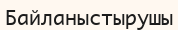
Байланыстырушы